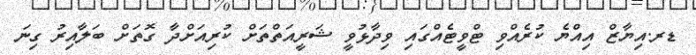
ޑރ.އިޔާޒް އިއްޔެ ކުރެއްވި ޓްވީޓެއްގައި ވިދާޅުވީ ޝަރީއަތްތަށް ކުރިއަށްދާ ގޮތަށް ބަލާއިރު ގިނަ